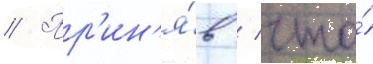
// Пр'ин'я́в / что́